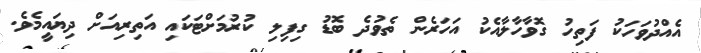
އެއްދުވަހަކު ފަތިހު ގޮވާހާލާއެކު އަހަރެން ތެވުދެ ބޮޑު ގިފިލި ކުރުމަށްޓަކައި އަތިރިއަށް ދިޔައީމެވެ.